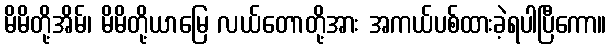
မိမိတို့အိမ်၊ မိမိတို့ယာမြေ လယ်တောတို့အား အကယ်ပစ်ထားခဲ့ရပါပြီကော။